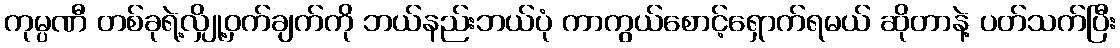
ကုမ္ပဏီ တစ်ခုရဲ့လျှို့ဝှက်ချက်ကို ဘယ်နည်းဘယ်ပုံ ကာကွယ်စောင့်ရှောက်ရမယ် ဆိုတာနဲ့ ပတ်သက်ပြီး